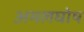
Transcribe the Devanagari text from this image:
अमलघोष